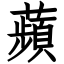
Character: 蘋